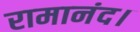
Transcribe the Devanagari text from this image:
रामानंद।